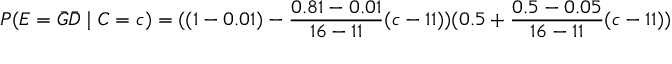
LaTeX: P ( E = { \bar { G } } { \bar { D } } \mid C = c ) = ( ( 1 - 0 . 0 1 ) - { \frac { 0 . 8 1 - 0 . 0 1 } { 1 6 - 1 1 } } ( c - 1 1 ) ) ( 0 . 5 + { \frac { 0 . 5 - 0 . 0 5 } { 1 6 - 1 1 } } ( c - 1 1 ) )